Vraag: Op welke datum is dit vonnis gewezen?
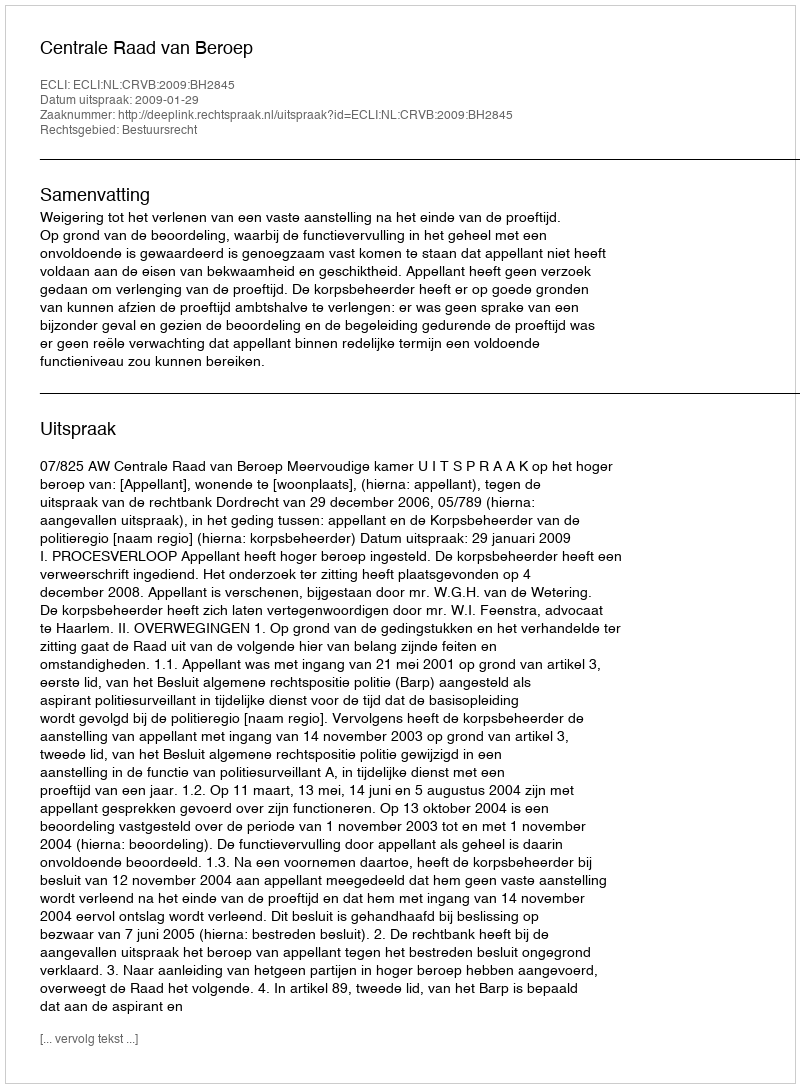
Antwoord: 2009-01-29